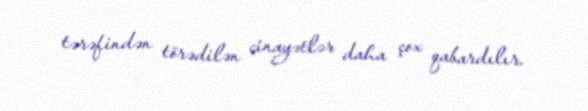
tərəfindən törədilən cinayətlər daha çox qabardılır.